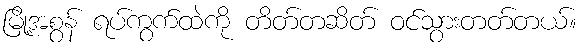
မြို့အစွန် ရပ်ကွက်ထဲကို တိတ်တဆိတ် ဝင်သွားတတ်တယ်။